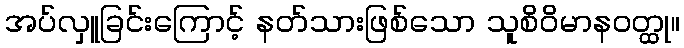
အပ်လှူခြင်းကြောင့် နတ်သားဖြစ်သော သူစိဝိမာနဝတ္ထု။